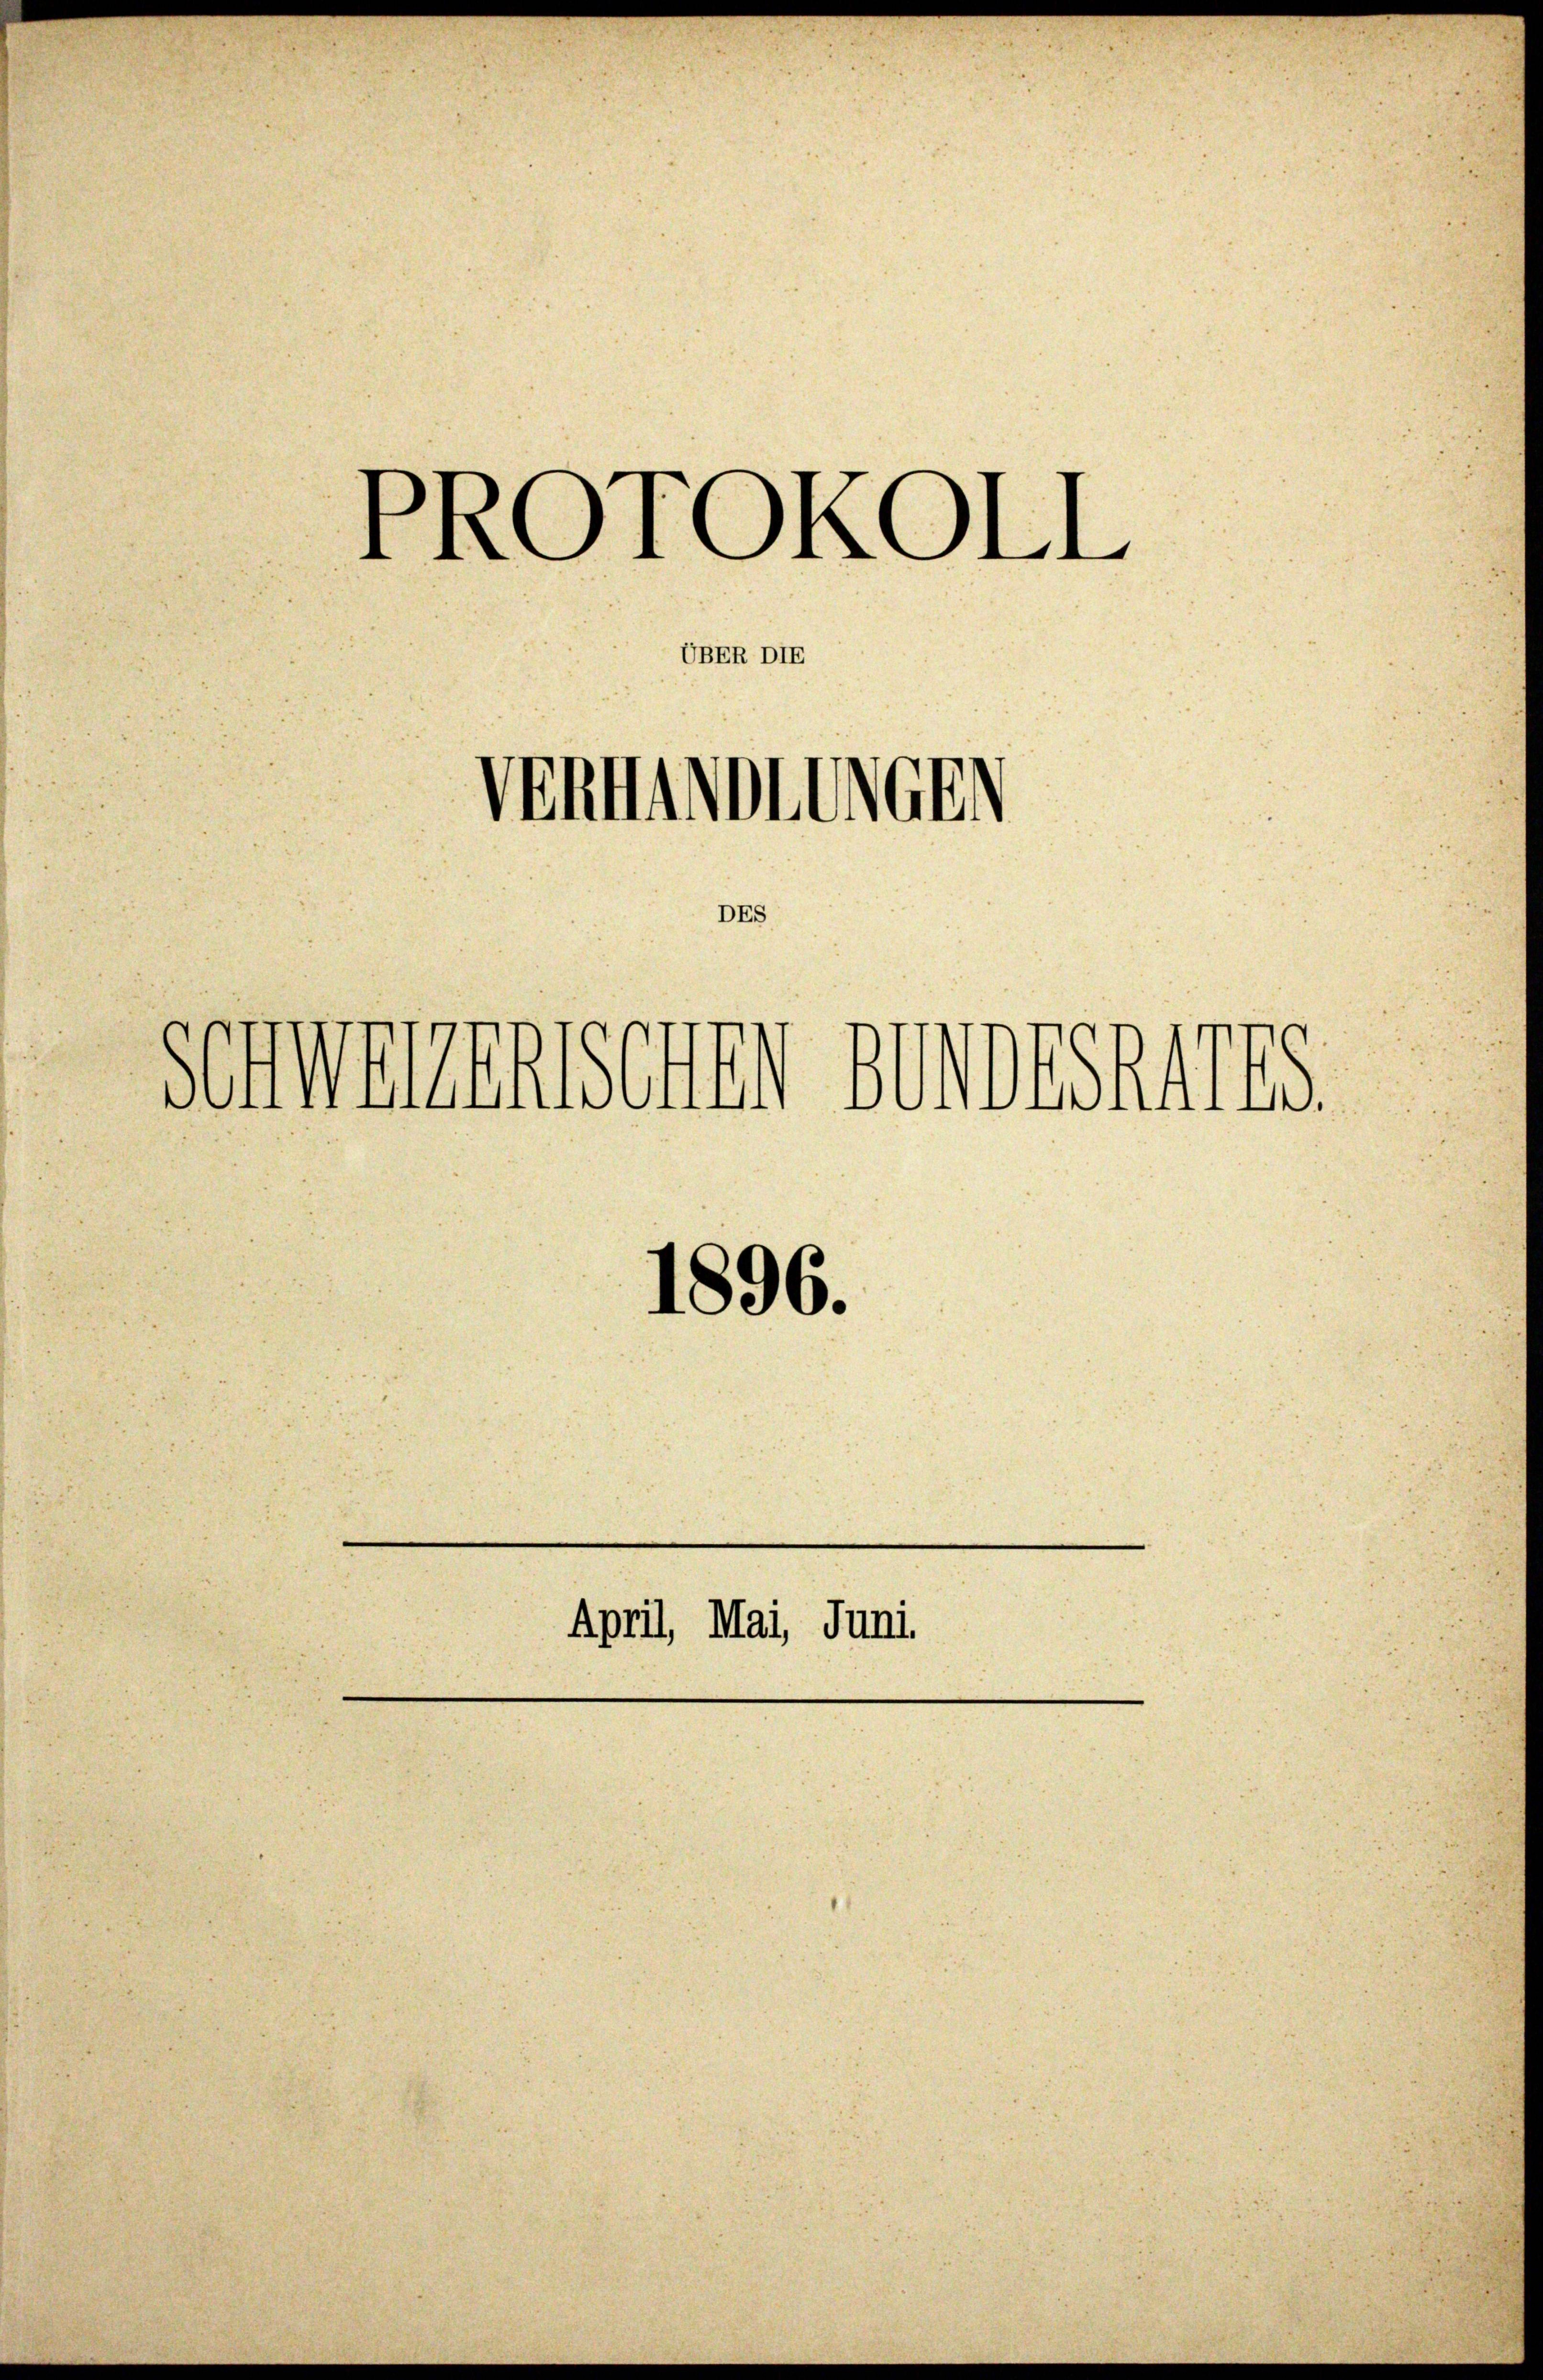
PROTOKOLL
Verminbrech
DES
Schwanenschen sondesrates.
1896.

UBER DIE

April, Mai, Juni